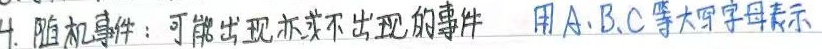
4. 随机事件：可能出现亦或不出现的事件  用A、B、C等大写字母表示